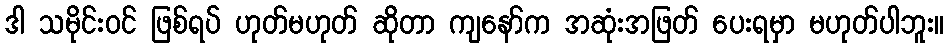
ဒါ သမိုင်းဝင် ဖြစ်ရပ် ဟုတ်မဟုတ် ဆိုတာ ကျနော်က အဆုံးအဖြတ် ပေးရမှာ မဟုတ်ပါဘူး။